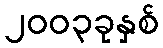
၂၀၀၃ခုနှစ်